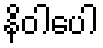
နိဝါပေါ